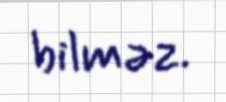
bilməz.